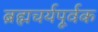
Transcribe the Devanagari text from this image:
ब्रह्मचर्यपूर्वक